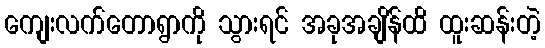
ကျေးလက်တောရွာကို သွားရင် အခုအချိန်ထိ ထူးဆန်းတဲ့